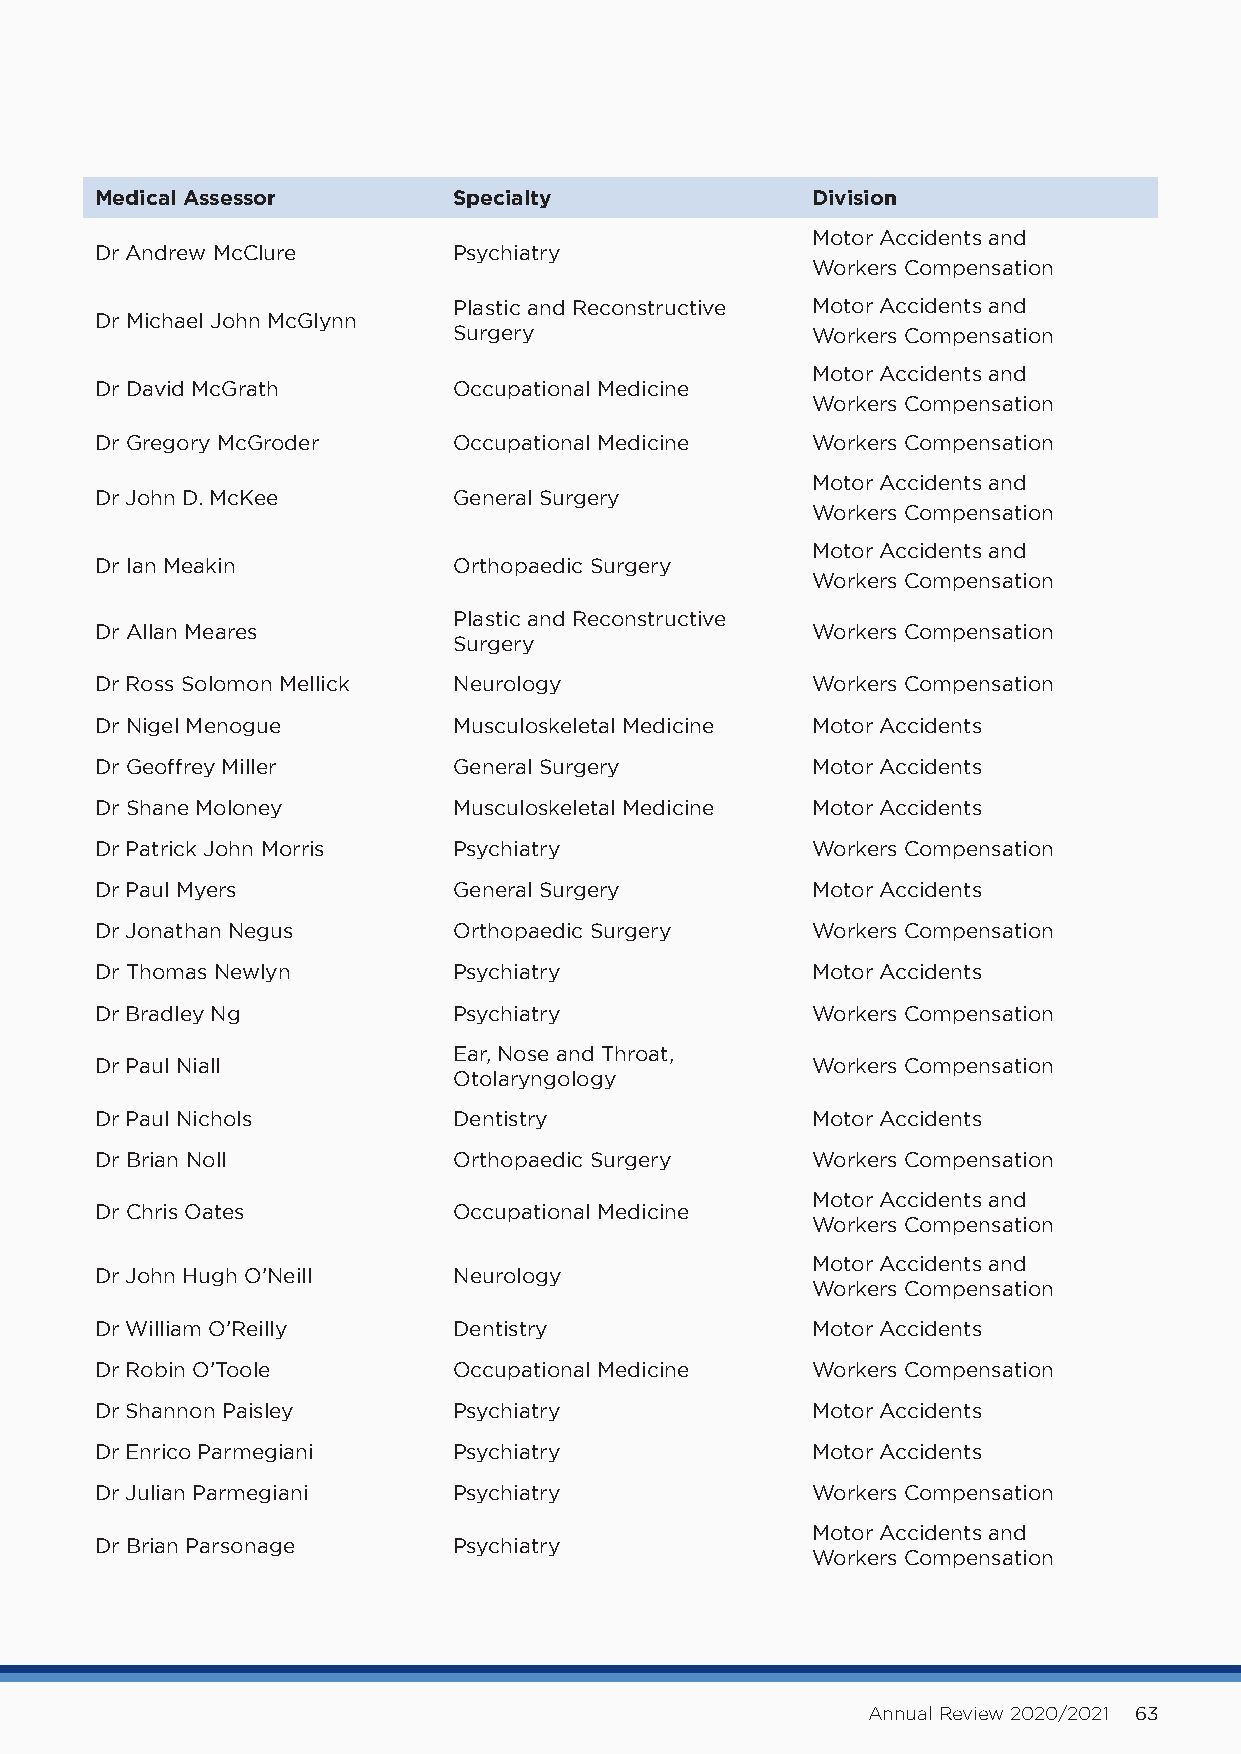
Medical Assessor        Specialty               Division
 Motor Accidents and
 Dr Andrew McClure       Psychiatry
 Workers Compensation
 Plastic and Reconstructive Motor Accidents and
 Dr Michael John McGlynn
 Surgery                 Workers Compensation
 Motor Accidents and
 Dr David McGrath        Occupational Medicine
 Workers Compensation
 Dr Gregory McGroder     Occupational Medicine   Workers Compensation
 Motor Accidents and
 Dr John D. McKee        General Surgery
 Workers Compensation
 Motor Accidents and
 Dr Ian Meakin           Orthopaedic Surgery
 Workers Compensation
 Plastic and Reconstructive
 Dr Allan Meares                                 Workers Compensation
 Surgery
 Dr Ross Solomon Mellick Neurology               Workers Compensation
 Dr Nigel Menogue        Musculoskeletal Medicine Motor Accidents
 Dr Geoffrey Miller      General Surgery         Motor Accidents
 Dr Shane Moloney        Musculoskeletal Medicine Motor Accidents
 Dr Patrick John Morris  Psychiatry              Workers Compensation
 Dr Paul Myers           General Surgery         Motor Accidents
 Dr Jonathan Negus       Orthopaedic Surgery     Workers Compensation
 Dr Thomas Newlyn        Psychiatry              Motor Accidents
 Dr Bradley Ng           Psychiatry              Workers Compensation
 Ear, Nose and Throat,
 Dr Paul Niall                                   Workers Compensation
 Otolaryngology
 Dr Paul Nichols         Dentistry               Motor Accidents
 Dr Brian Noll           Orthopaedic Surgery     Workers Compensation
 Motor Accidents and
 Dr Chris Oates          Occupational Medicine
 Workers Compensation
 Motor Accidents and
 Dr John Hugh O’Neill    Neurology
 Workers Compensation
 Dr William O’Reilly     Dentistry               Motor Accidents
 Dr Robin O’Toole        Occupational Medicine   Workers Compensation
 Dr Shannon Paisley      Psychiatry              Motor Accidents
 Dr Enrico Parmegiani    Psychiatry              Motor Accidents
 Dr Julian Parmegiani    Psychiatry              Workers Compensation
 Motor Accidents and
 Dr Brian Parsonage      Psychiatry
 Workers Compensation
 Annual Review 2020/2021 63